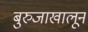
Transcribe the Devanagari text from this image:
बुरुजाखालून